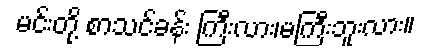
မင်းတို့ စာသင်ခန်း ကြီးလား၊မကြီးဘူးလား။